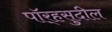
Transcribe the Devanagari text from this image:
पॉर्‍हसुदील